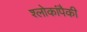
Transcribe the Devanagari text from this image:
श्लोकांपैकी